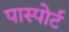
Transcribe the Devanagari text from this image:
पास्पोर्ट